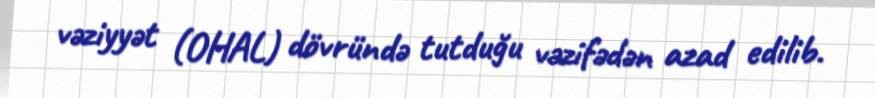
vəziyyət (OHAL) dövründə tutduğu vəzifədən azad edilib.